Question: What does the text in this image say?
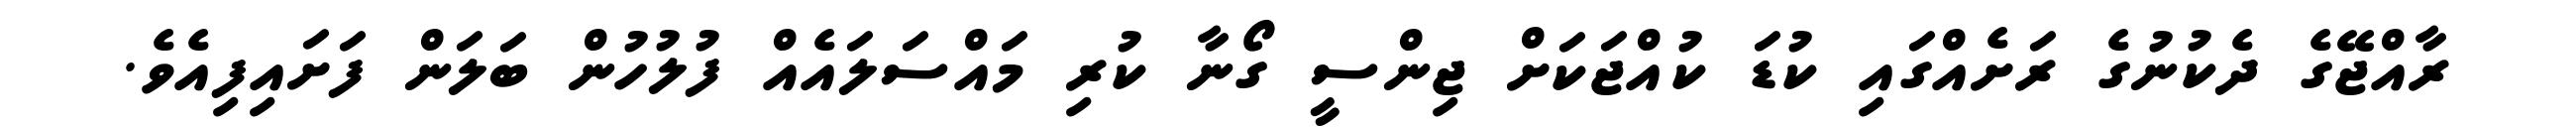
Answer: ރާއްޖޭގެ ދެކުނުގެ ރަށެއްގައި ކުޑަ ކުއްޖަކަށް ޖިންސީ ގޯނާ ކުރި މައްސަލައެއް ފުލުހުން ބަލަން ފަށައިފިއެވެ.